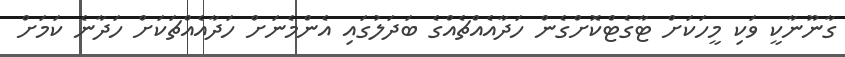
ގާނޫނާކީ ވަކި މީހަކަށް ޓާގެޓްކޮށްގެން ހަދާއެއްޗެއްގެ ބަދަލުގައި އެންމެނަށް ހަދާއެއްޗަކަށް ހަދާނެ ކަމަށް